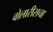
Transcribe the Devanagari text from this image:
वोलारीसचा